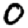
Digit: 0